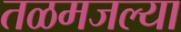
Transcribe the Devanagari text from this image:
तळमजल्या